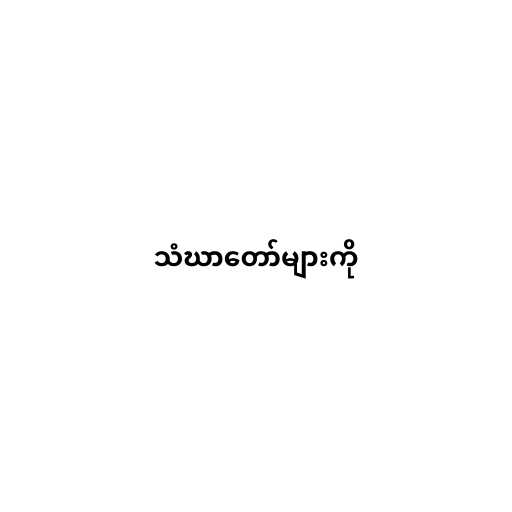
သံဃာတော်များကို